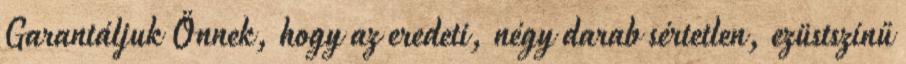
Garantáljuk Önnek, hogy az eredeti, négy darab sértetlen, ezüstszínű